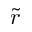
\tilde { r }